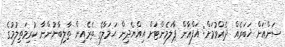
ސަންއަށް ޚަބަރެއް ދެއްވުމަށް: އަފްޣާން ޕާލަމެންޓަށް އިއްޔެދިން ޙަމަލާގެ ތެރެއިން ތާލިބާނުންނާ ކުރިމަތިލުމުގެ